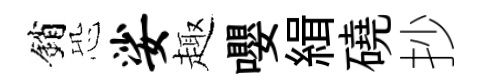
銷恐娑趣嚶緝磽抄